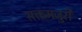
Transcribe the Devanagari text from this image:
सक्तमजुरी